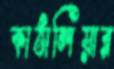
কাঠালিয়ার